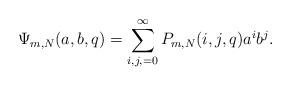
LaTeX: \begin{align*}\Psi_{m,N}(a,b,q) = \sum_{i,j,=0}^{\infty} P_{m,N}(i,j,q)a^ib^j.\end{align*}